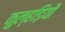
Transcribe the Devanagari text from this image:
कुल्हड़ियों